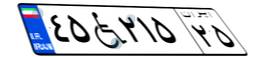
۳۷W۴۰۰۸۶